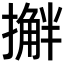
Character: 𫾅